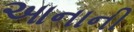
આનાની